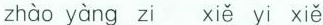
zhào yàng zi xiě yi xiě